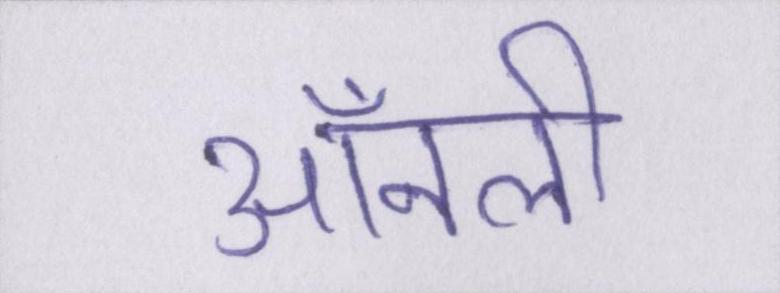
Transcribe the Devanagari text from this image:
ऑनली